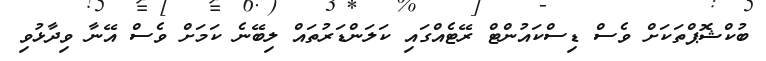
ބުކްޝޮޕްތަކަށް ވެސް ޑިސްކައުންޓް ރޭޓެއްގައި ކަލަންޑަރުތައް ލިބޭނެ ކަމަށް ވެސް އޭނާ ވިދާޅުވި